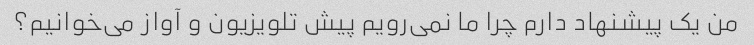
من یک پیشنهاد دارم چرا ما نمی‌رویم پیش تلویزیون و آواز می‌خوانیم؟